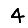
Digit: 4